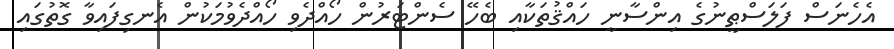
އެހެނަސް ފަލަސްޠީނުގެ އިންސާނީ ހައްޤުތަކާއި ބެހޭ ސެންޓަރުން ހޯއްދެވި ހޯއްދެވުމަކުން އެނގިފައިވާ ގޮތުގައި